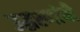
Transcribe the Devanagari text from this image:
उद्धरणांची